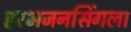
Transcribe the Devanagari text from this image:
हरभजनसिंगला